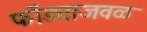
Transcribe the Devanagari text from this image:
फोंड्याजवळ